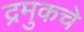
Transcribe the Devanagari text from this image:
द्रमुकचे